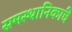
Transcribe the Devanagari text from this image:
समस्थानिकांचे